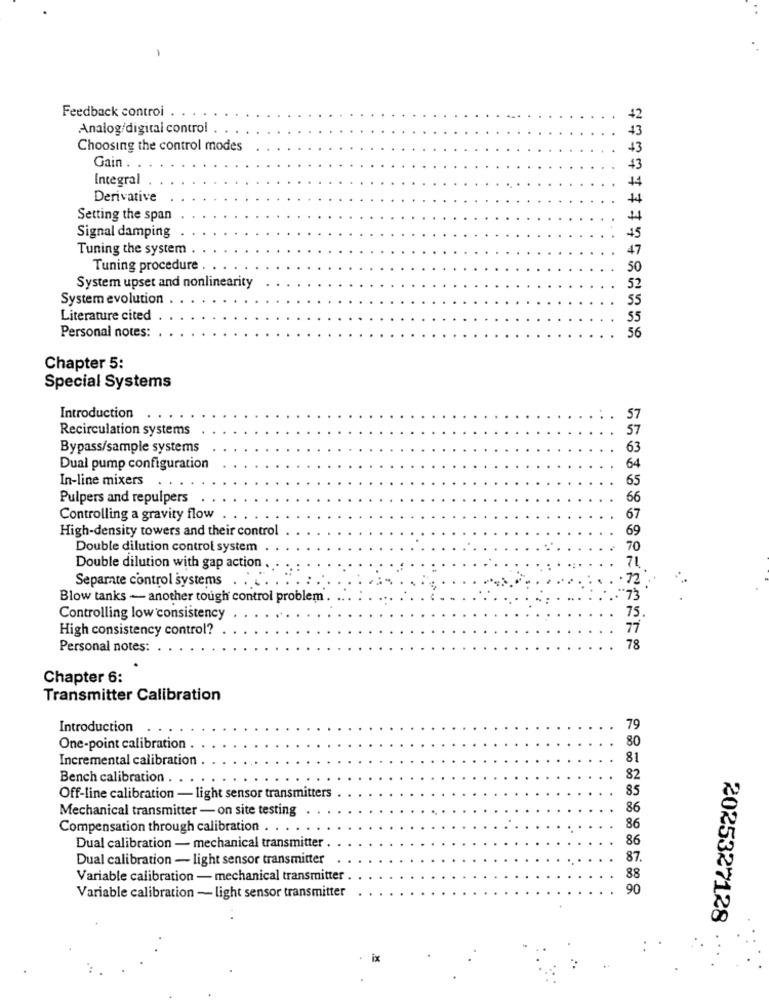
-
Feedback control
Analog/digital control
Choosing the control modes
Gain .
Integral
Derivative
Setting the span
Signal damping
Tuning the system
Tuning procedure .
50
System upset and nonlinearity
System evolution
Literature cited
Personal notes:
Chapter 5:
Special Systems
Introduction
Recirculation systems
Bypass/sample systems
63
64
Dual pump configuration
In-line mixers
Pulpers and repulpers
66
Controlling a gravity flow
67
High-density towers and their control
69
Double dilution control system
Double dilution with gap action .
71.
Separate control systems
72
Blow tanks - another tough control problem'.
Controlling low consistency
75
High consistency control?
77
Personal notes: ..
78
Chapter 6:
Transmitter Calibration
Introduction
79
80
One-point calibration
Incremental calibration
81
Bench calibration ..
82
85
Off-line calibration - light sensor transmitters
Mechanical transmitter - on site testing
86
Compensation through calibration . .
86
86
Dual calibration - mechanical transmitter
Dual calibration - light sensor transmitter
87.
Variable calibration - mechanical transmitter
88
90
Variable calibration - light sensor transmitter
2025327128
ix